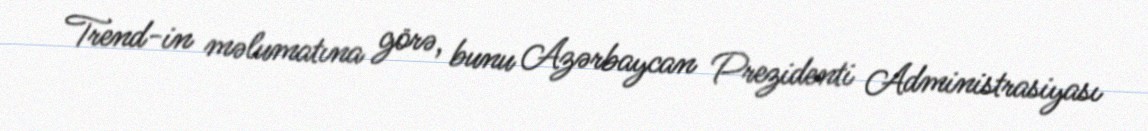
Trend-in məlumatına görə, bunu Azərbaycan Prezidenti Administrasiyası